NASA-UAP-D2, Apollo 17 Transcript, 1972
Agency: NASA
Incident date: 1972
Incident location: Moon
Page 9
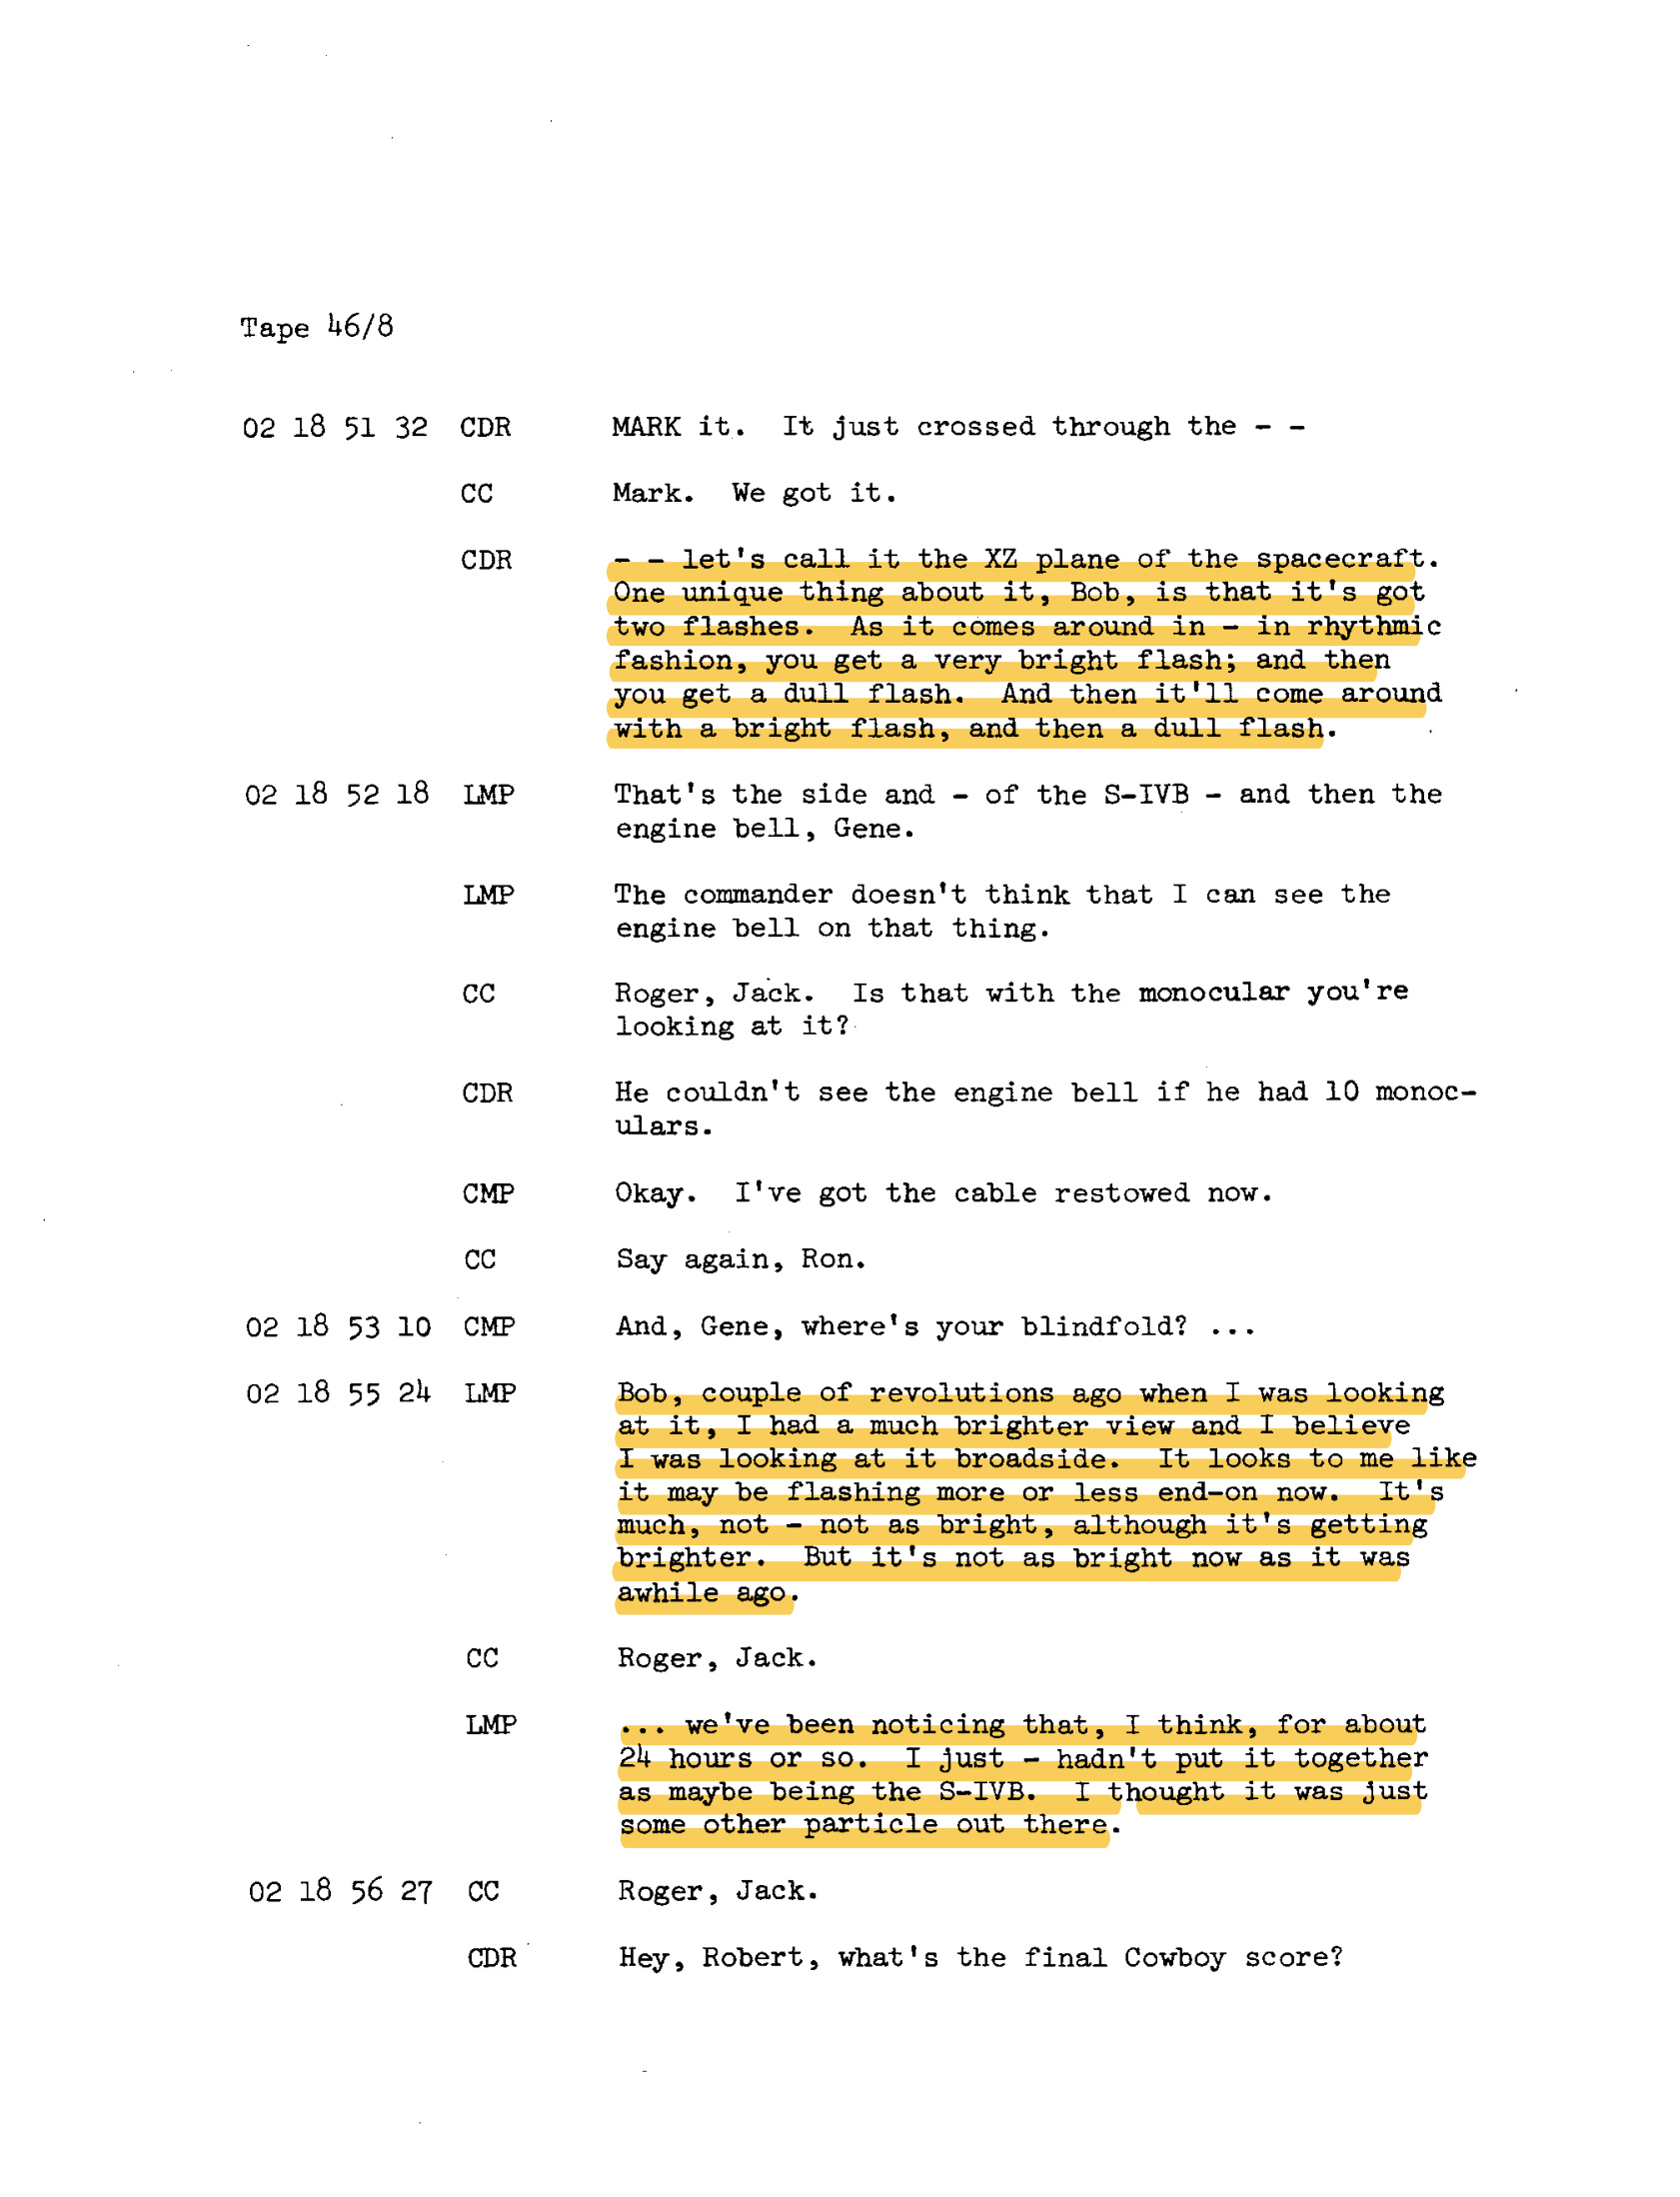